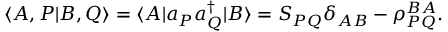
\langle A , P | B , Q \rangle = \langle A | a _ { P } a _ { Q } ^ { \dagger } | B \rangle = S _ { P Q } \delta _ { A B } - \rho _ { P Q } ^ { B A } .